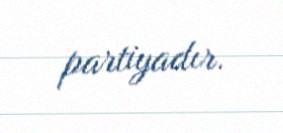
partiyadır.